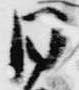
日